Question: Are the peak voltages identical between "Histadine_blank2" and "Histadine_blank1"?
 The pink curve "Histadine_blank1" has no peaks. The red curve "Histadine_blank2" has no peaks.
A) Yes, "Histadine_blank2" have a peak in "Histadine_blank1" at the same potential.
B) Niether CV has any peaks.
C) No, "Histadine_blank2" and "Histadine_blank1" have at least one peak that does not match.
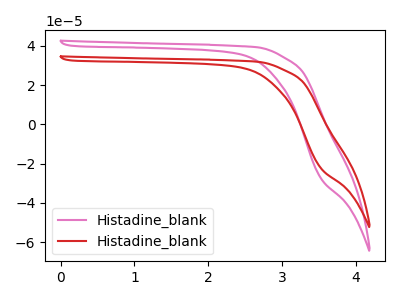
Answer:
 <answer>B) Niether CV has any peaks.</answer>
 <eval>B</eval>